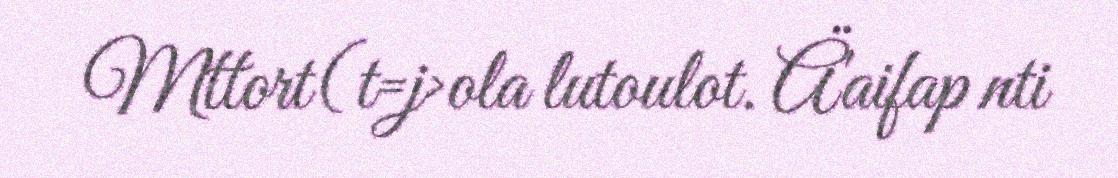
Mttort(t=j>ola lutoulot. Ä'aifap nti